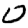
Digit: 0